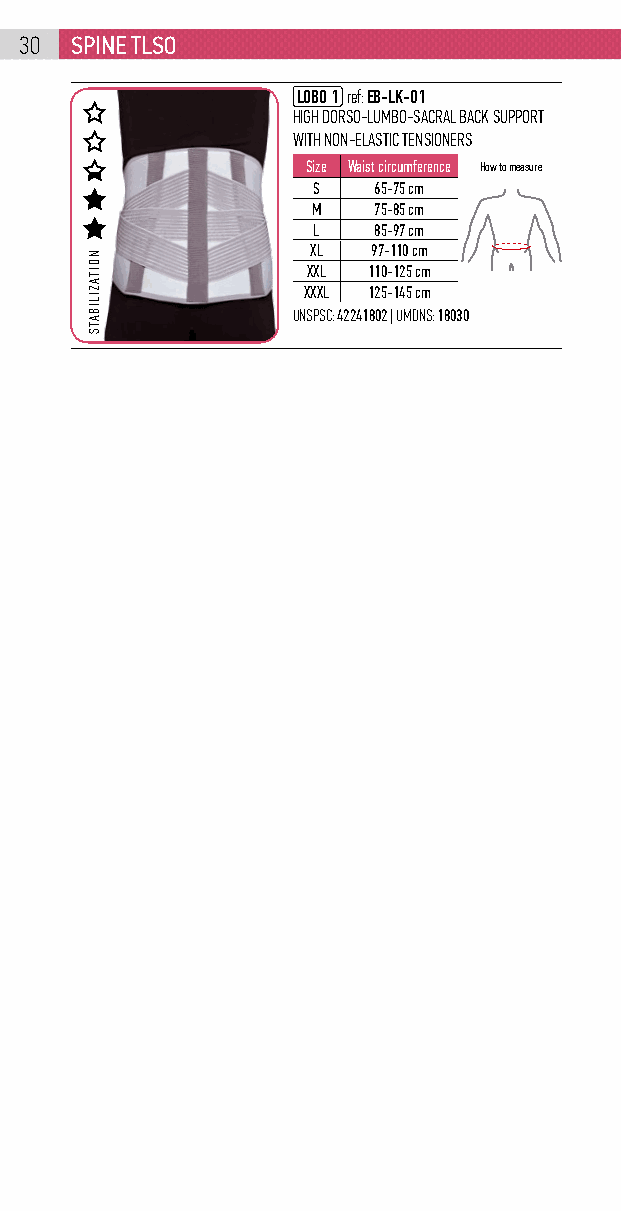
30  spinE tlso
 LOBO 1 ref: EB-LK-01
 HIGH DORSO-LUMBO-SACRAL BACK SUPPORT
 WITH NON-ELASTIC TENSIONERS
 Size Waist circumference How to measure
 S   65-75 cm
 M   75-85 cm
 L   85-97 cm
 XL  97-110 cm
 XXL 110-125 cm
 XXXL 125-145 cm
 UNSPSC: 42241802 | UMDNS: 18030
 NOITAZILIBATS